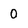
Character: 0